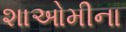
શાઓમીના